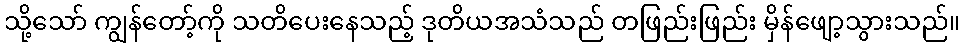
သို့သော် ကျွန်တော့်ကို သတိပေးနေသည့် ဒုတိယအသံသည် တဖြည်းဖြည်း မှိန်ဖျော့သွားသည်။